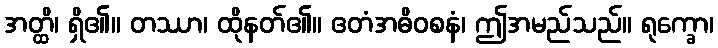
အတ္ထိ၊ ရှိ၏။ တဿာ၊ ထိုနတ်၏။ ဧတံအဓိဝစနံ၊ ဤအမည်သည်။ ရုက္ခော၊